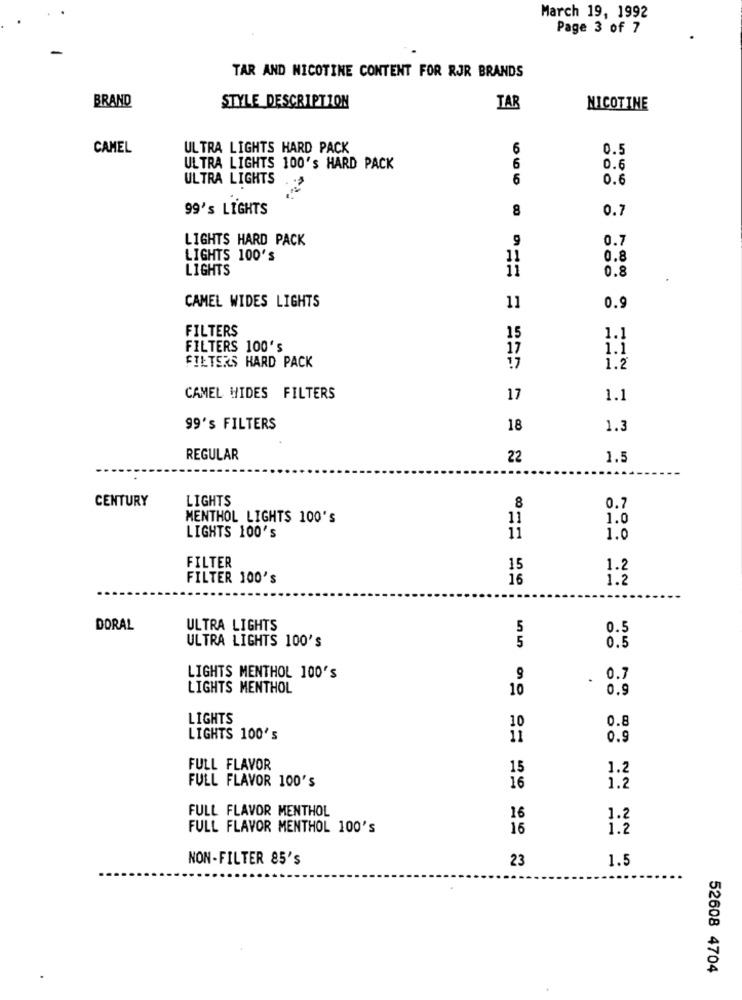
March 19, 1992
Page 3 of 7
TAR AND NICOTINE CONTENT FOR RJR BRANDS
BRAND
STYLE DESCRIPTION
TAR
NICOTINE
CAMEL
ULTRA LIGHTS HARD PACK
6
0.5
ULTRA LIGHTS 100's HARD PACK
6
0.6
ULTRA LIGHTS
6
0.6
99's LIGHTS
8
0.7
LIGHTS HARD PACK
9
0.7
LIGHTS 100'S
11
0.8
LIGHTS
0.8
CAMEL WIDES LIGHTS
11
0.9
FILTERS
15
1.1
FILTERS 100's
17
1.1
FILTERS HARD PACK
17
1.2
CAMEL WIDES FILTERS
17
1.1
99's FILTERS
18
1.3
REGULAR
22
1.5
CENTURY
LIGHTS
8
0.7
MENTHOL LIGHTS 100'S
11
1.0
LIGHTS 100's
11
1.0
FILTER
15
1.2
FILTER 100's
16
1.2
DORAL
ULTRA LIGHTS
5
0.5
ULTRA LIGHTS 100'S
5
0.5
LIGHTS MENTHOL 100'S
9
0.7
LIGHTS MENTHOL
10
0.9
LIGHTS
10
0.8
LIGHTS 100's
0.9
FULL FLAVOR
15
1.2
FULL FLAVOR 100's
16
1.2
FULL FLAVOR MENTHOL
16
1.2
FULL FLAVOR MENTHOL 100'S
16
1.2
NON-FILTER 85's
23
1.5
52608 4704